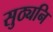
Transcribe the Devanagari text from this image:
सुठ्यनि